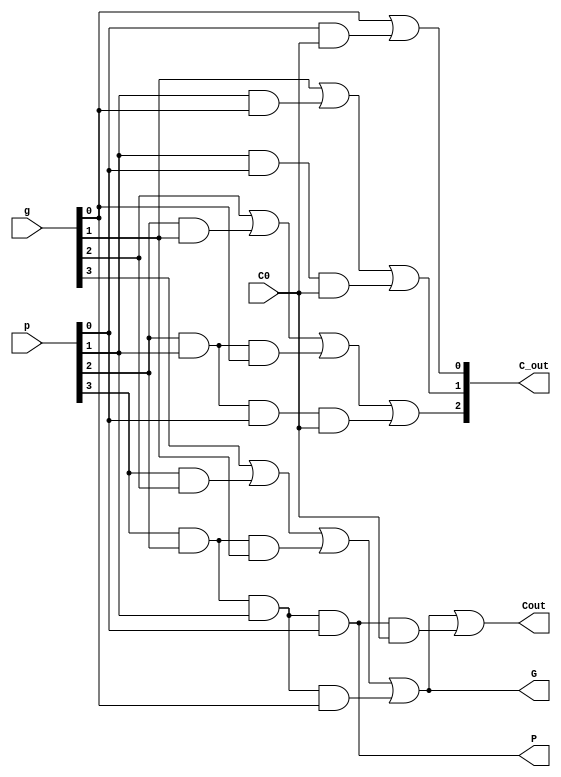
module CLA(
input wire C0,
input wire [3:0]p,g,
output wire [2:0]C_out,
output wire Cout,
output wire G,P
);
wire G_wire; 
wire P_wire;
assign	 C_out[0] = g[0] | (p[0] & C0);
assign	 C_out[1] = g[1] | (p[1] & g[0]) | (p[1] & p[0] & C0);
assign	 C_out[2] = g[2] | (p[2] & g[1]) | (p[2] & p[1] & g[0]) |(p[2] & p[1] & p[0] & C0);
assign	 P_wire = p[3] & p[2] & p[1] & p[0];
assign	 G_wire = g[3] | (p[3] & g[2]) | (p[3] & p[2] & g[1] ) | (p[3] & p[2] & p[1] & g[0]);
assign	 Cout = G_wire | (P_wire & C0);
assign	 P = P_wire;
assign	 G = G_wire;

endmodule